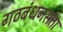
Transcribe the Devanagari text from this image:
गठबंधनसत्ता